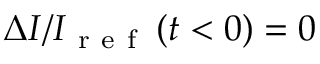
\Delta I / I _ { \mathrm { ~ r ~ e ~ f ~ } } \left( t < 0 \right) = 0